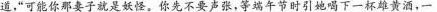
道，”可能你那妻子就是妖怪，你先不要声张，等端午节时引她喝下一杯雄黄酒，一